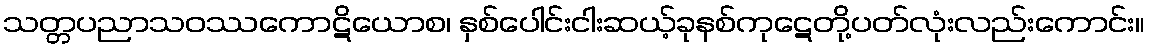
သတ္တပညာသဝဿကောဋိယောစ၊ နှစ်ပေါင်းငါးဆယ့်ခုနစ်ကုဋေတို့ပတ်လုံးလည်းကောင်း။